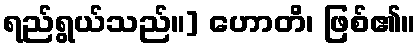
ရည်ရွယ်သည်။] ဟောတိ၊ ဖြစ်၏။